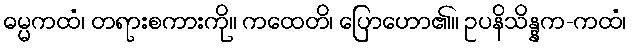
ဓမ္မကထံ၊ တရားစကားကို။ ကထေတိ၊ ပြောဟော၏။ ဥပနိသိန္နက-ကထံ၊